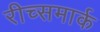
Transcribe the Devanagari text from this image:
रीच्समार्क